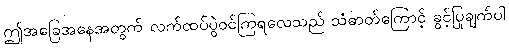
ဤအခြေအနေအတွက် လက်ထပ်ပွဲဝင်ကြရလေသည် သံဓာတ်ကြောင့် ခွင့်ပြုချက်ပါ